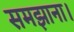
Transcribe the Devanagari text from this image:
समझाना।